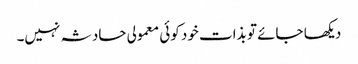
دیکھا جائے تو بذات خود کوئی معمولی حادثہ نہیں۔